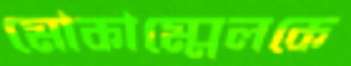
মোকাম্মেলকে